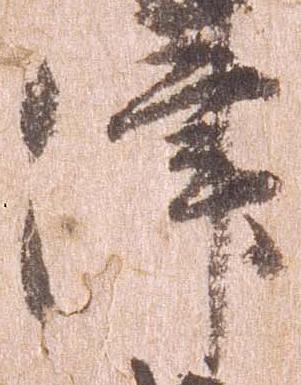
津